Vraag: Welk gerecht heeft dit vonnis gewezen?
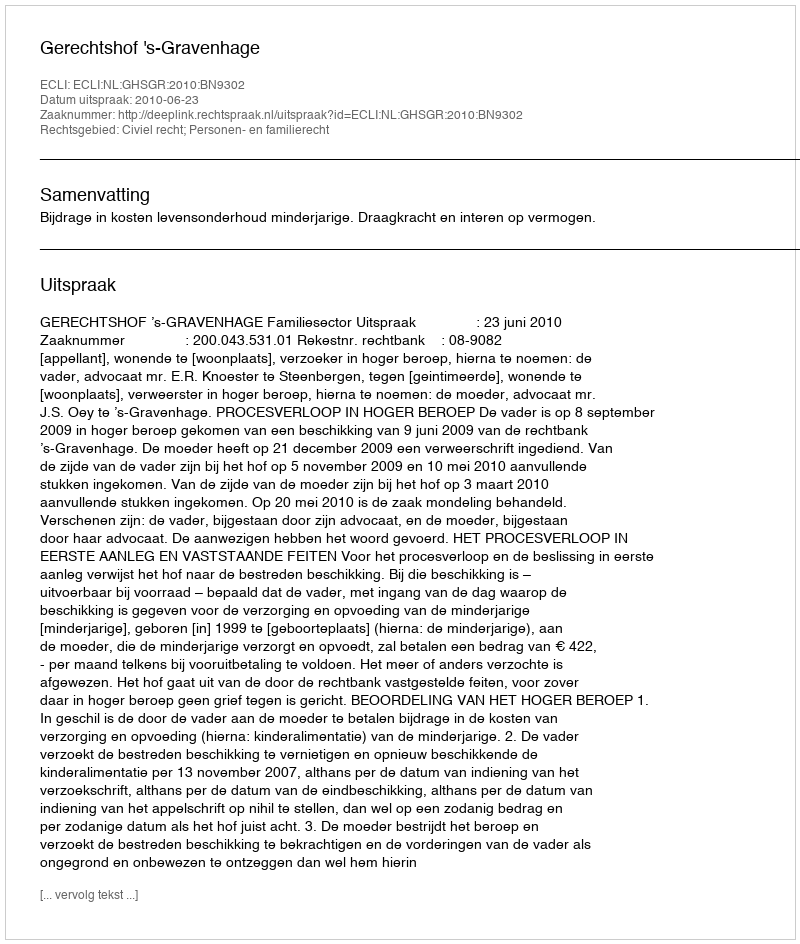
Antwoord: Gerechtshof 's-Gravenhage